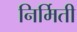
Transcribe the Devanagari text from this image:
निर्मिती